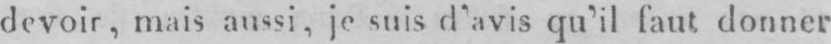
devoir, mais aussi, je suis d’avis qu’il faut donner